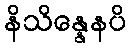
နိသိန္နေနပိ